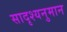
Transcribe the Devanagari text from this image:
सादृश्यनुमान